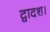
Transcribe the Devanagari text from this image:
द्वादश।